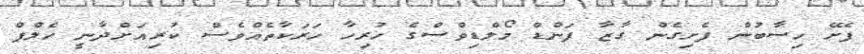
ފެށޭ ހިސާބުން ފެށިގެން ގާޒާ ފަންޑް މޯލްޑިވްސްގެ ހުރިހާ ހަރަކާތެއްވެސް ކުރިއަށްދާނީ ހެލްޕް